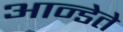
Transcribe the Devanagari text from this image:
आन्डेते